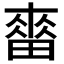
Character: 𤲷